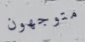
متوجهون